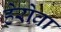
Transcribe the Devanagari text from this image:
हेरोवा